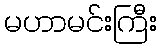
မဟာမင်းကြီး